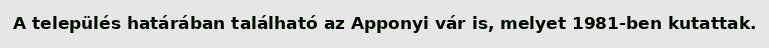
A település határában található az Apponyi vár is, melyet 1981-ben kutattak.